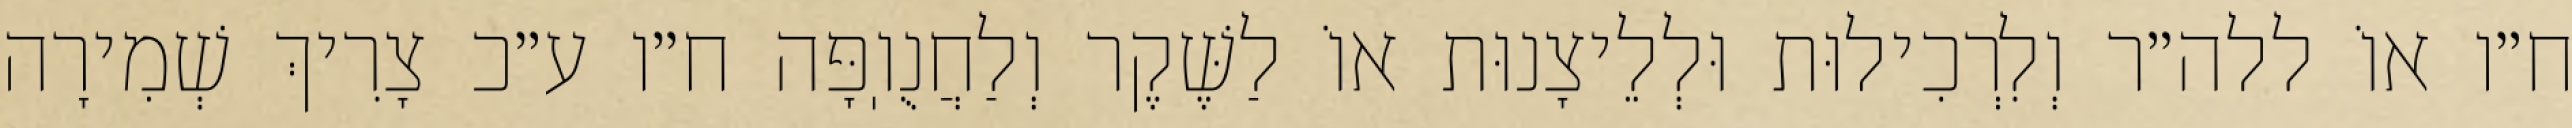
ח״ו אוֹ ללה״ר וְלִרְכִילוּת וּלְלֵיצָנוּת אוֹ לַשֶּׁקֶר וְלַחֲנֻוֽפָּה ח״ו ע״כ צָרִיךְ שְׁמִירָה